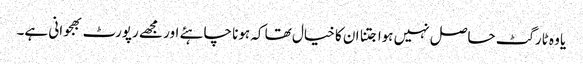
یا وہ ٹارگٹ حاصل نہیں ہوا جتنا ان کا خیال تھا کہ ہونا چاہئے اور مجھے رپورٹ بھجوانی ہے۔